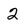
Character: 2